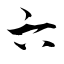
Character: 六